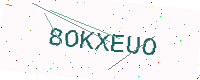
Text: 8OKXEUO